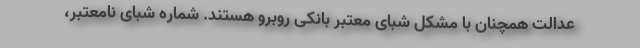
عدالت همچنان با مشکل شبای معتبر بانکی روبرو هستند. شماره شبای نامعتبر،